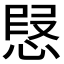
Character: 𢝅